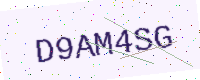
Text: D9AM4SG